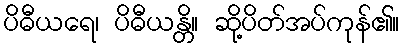
ပိဓီယရေ၊ ပိဓီယန္တိ။ ဆို့ပိတ်အပ်ကုန်၏။